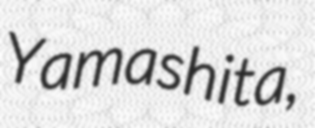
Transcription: Yamashita,